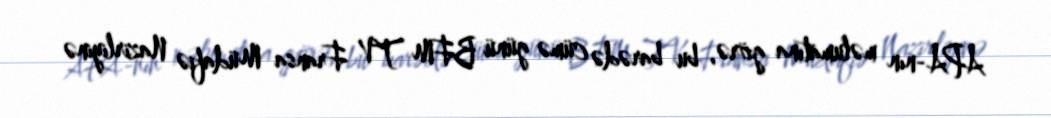
APA-nın məlumatına görə, bu barədə cümə günü BFM TV Fransa Müdafiə Nazirliyinə